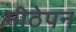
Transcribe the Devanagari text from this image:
मीठेपन